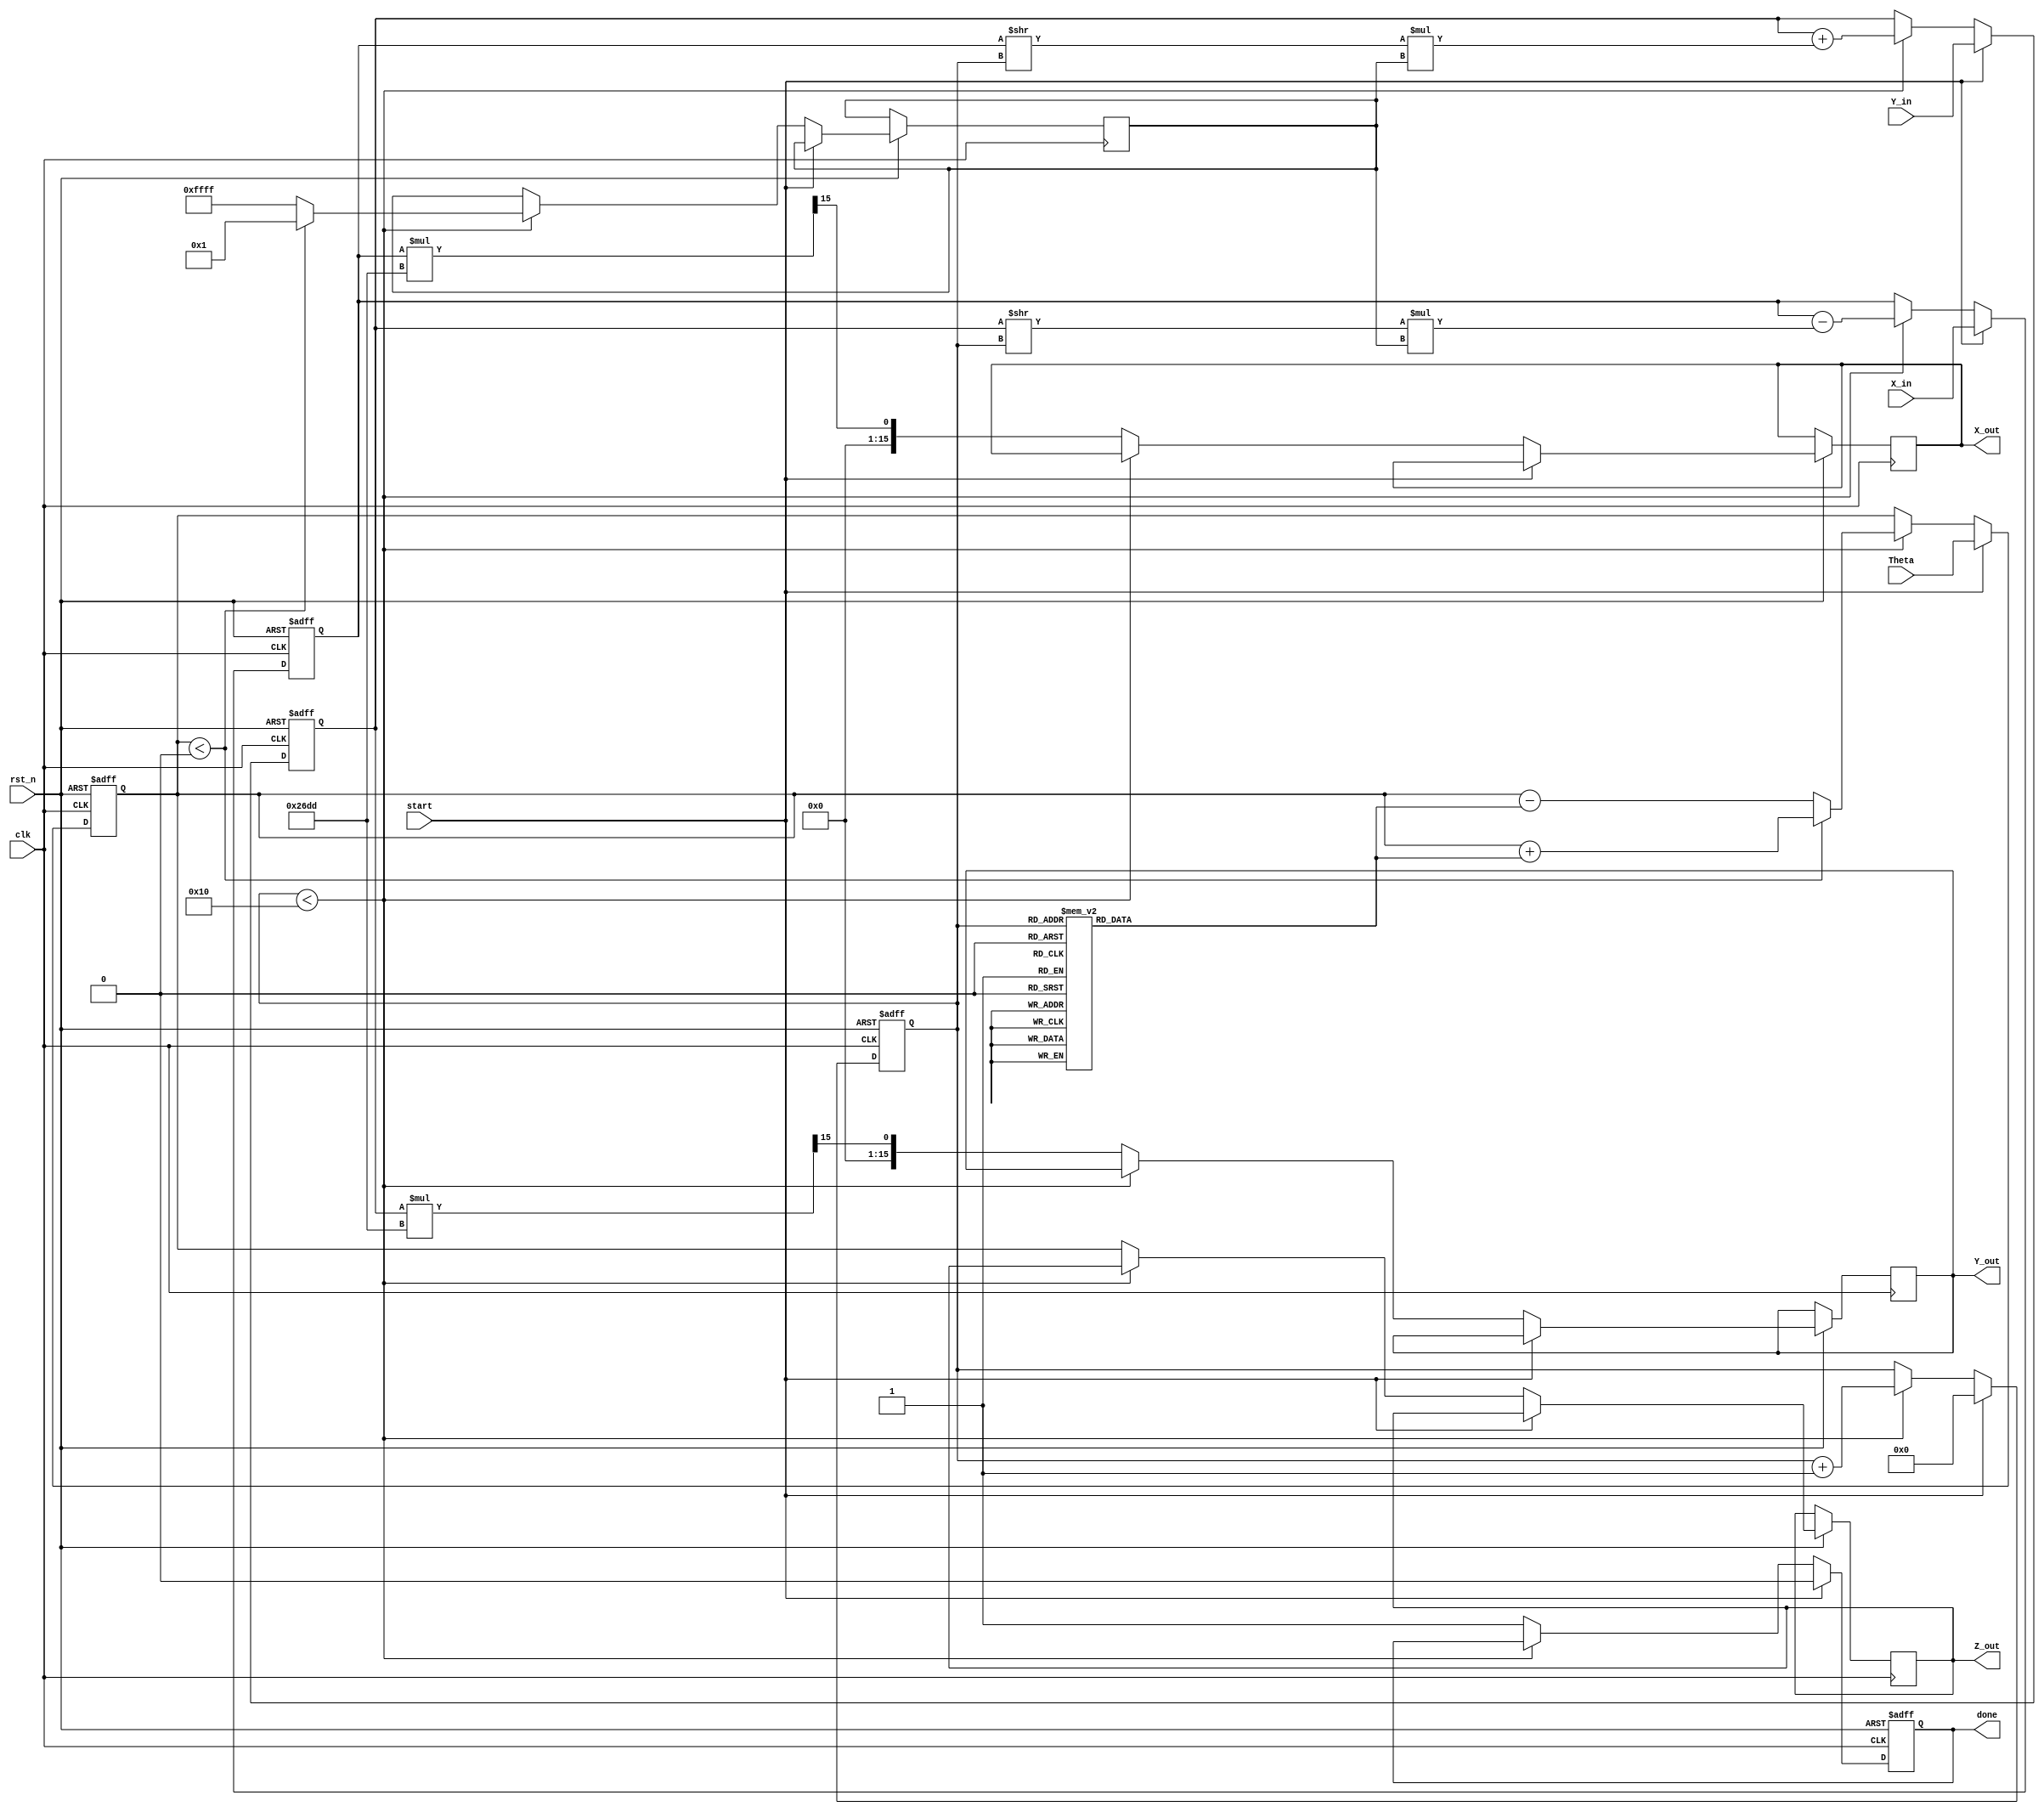
module CORDIC_2D (
    input wire clk,               // Clock signal
    input wire rst_n,             // Active low reset
    input wire start,             // Start signal for the computation
    input wire signed [15:0] X_in, // Input x-coordinate
    input wire signed [15:0] Y_in, // Input y-coordinate
    input wire signed [15:0] Theta, // Input angle in radians
    output reg signed [15:0] X_out, // Output x-coordinate
    output reg signed [15:0] Y_out, // Output y-coordinate
    output reg signed [15:0] Z_out, // Output angle after rotation
    output reg done               // Done signal
);

    // Parameters
    parameter NUM_ITERATIONS = 16; // Number of iterations
    parameter K = 16'h26DD;         // Scaling factor (fixed-point representation)

    // Internal registers
    reg signed [15:0] X_reg;       // Current x-coordinate
    reg signed [15:0] Y_reg;       // Current y-coordinate
    reg signed [15:0] Z_reg;       // Current angle
    reg [3:0] iteration;           // Iteration counter
    reg [15:0] atan_table [0:NUM_ITERATIONS-1]; // Arctangent lookup table
    reg signed [15:0] d;           // Direction variable

    // Initialize arctangent values (fixed-point representation)
    initial begin
        atan_table[0] = 16'h2000; // atan(1) = /4 in fixed-point
        atan_table[1] = 16'h12D8; // atan(0.5) ~ 0.4636 in fixed-point
        atan_table[2] = 16'h0A4C; // atan(0.25) ~ 0.2449 in fixed-point
        // Fill in the rest of the atan_table as needed for NUM_ITERATIONS
        // ...
    end

    // Control Logic
    always @(posedge clk or negedge rst_n) begin
        if (!rst_n) begin
            X_reg <= 0;
            Y_reg <= 0;
            Z_reg <= 0;
            iteration <= 0;
            done <= 0;
        end else if (start) begin
            // Initialize registers
            X_reg <= X_in;
            Y_reg <= Y_in;
            Z_reg <= Theta;
            iteration <= 0;
            done <= 0;
        end else if (iteration < NUM_ITERATIONS) begin
            // Determine direction
            if (Z_reg < 0) begin
                d <= 1; // Counterclockwise
                Z_reg <= Z_reg + atan_table[iteration];
            end else begin
                d <= -1; // Clockwise
                Z_reg <= Z_reg - atan_table[iteration];
            end

            // CORDIC rotation equations
            X_reg <= X_reg - (Y_reg >> iteration) * d;
            Y_reg <= Y_reg + (X_reg >> iteration) * d;

            iteration <= iteration + 1;
        end else begin
            // Scaling output by K
            X_out <= (X_reg * K) >> 15; // Adjust scaling as necessary
            Y_out <= (Y_reg * K) >> 15; // Adjust scaling as necessary
            Z_out <= Z_reg;
            done <= 1; // Signal that computation is done
        end
    end
endmodule